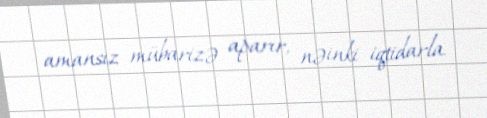
amansız mübarizə aparır, nəinki iqtidarla.